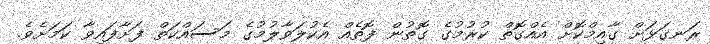
ރަނގަޅަށް ގާއިމްކޮށް އެއްގޮތް ކުރުމުގެ ގޮތުން ފޮތެއް އެކުލަވާލުމުގެ މަސައްކަތް ފަށާފައިވާ ކަމަށެވެ.